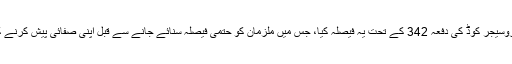
عدالت نے کرمنل پروسیجر کوڈ کی دفعہ 342 کے تحت یہ فیصلہ کیا، جس میں ملزمان کو حتمی فیصلہ سنائے جانے سے قبل اپنی صفائی پیش کرنے کا موقع دیا جاتا ہے۔